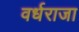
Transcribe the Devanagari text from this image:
वर्धराजा